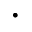
.